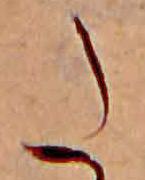
た